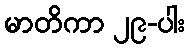
မာတိကာ ၂၉-ပါး